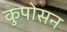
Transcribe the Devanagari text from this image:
कुपोसन